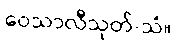
ဝေသာလီသုတ်-သံ။